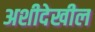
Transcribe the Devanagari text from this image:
अशीदेखील